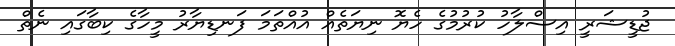
ޖުޑީޝަރީ އިސްލާހު ކުރުމުގެ ހެޔޮ ނިޔަތެއް އުއްތަމަ ފަނޑިޔާރު މީހާގެ ކިބާގައި ނެތް